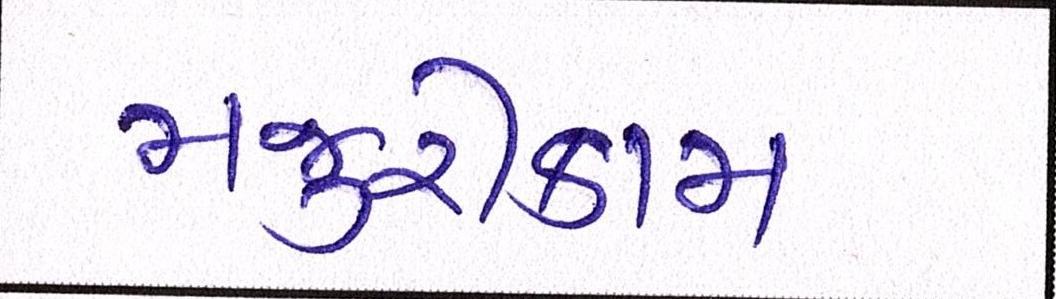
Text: મજૂરીકામ